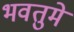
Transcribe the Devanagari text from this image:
भवतुमे